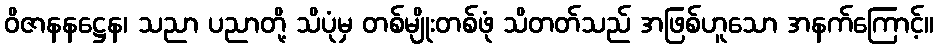
ဝိဇာနနဋ္ဌေန၊ သညာ ပညာတို့ သိပုံမှ တစ်မျိုးတစ်ဖုံ သိတတ်သည် အဖြစ်ဟူသော အနက်ကြောင့်။